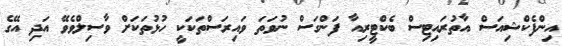
އިންފެކްޝިއަސް އާތުރައިޓިސް ބެކްޓީރިއާ ފަންގަސް ނުވަތަ ވައިރަސްތަކަކީ ހުޅުތަކަށް ވާސިލްވެވޭ އަދި އޭގެ